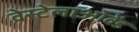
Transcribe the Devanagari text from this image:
वेस्टेलाओवेंड